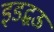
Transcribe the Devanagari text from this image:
इडद्धऊ